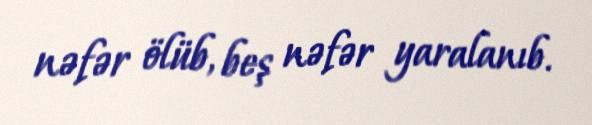
nəfər ölüb, beş nəfər yaralanıb.